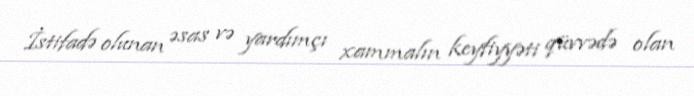
İstifadə olunan əsas və yardımçı xammalın keyfiyyəti qüvvədə olan